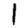
Digit: 1